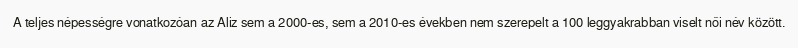
A teljes népességre vonatkozóan az Aliz sem a 2000-es, sem a 2010-es években nem szerepelt a 100 leggyakrabban viselt női név között.